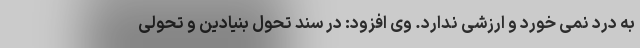
به درد نمی خورد و ارزشی ندارد. وی افزود: در سند تحول بنیادین و تحولی